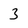
Character: 3